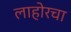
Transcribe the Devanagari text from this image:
लाहोरचा